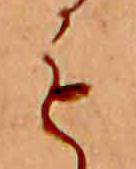
も